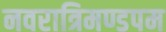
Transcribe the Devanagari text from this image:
नवरात्रिमण्डपम